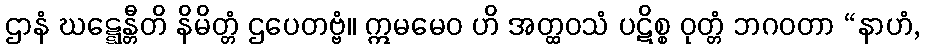
ဌာနံ ဃဋ္ဋေန္တီတိ နိမိတ္တံ ဌပေတဗ္ဗံ။ ဣမမေဝ ဟိ အတ္ထဝသံ ပဋိစ္စ ဝုတ္တံ ဘဂဝတာ “နာဟံ,